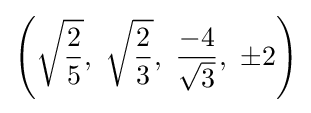
\left({\sqrt {\frac {2}{5}}},\ {\sqrt {\frac {2}{3}}},\ {\frac {-4}{\sqrt {3}}},\ \pm 2\right)